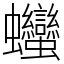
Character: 𧖣